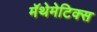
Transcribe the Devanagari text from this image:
मॅथेमेटिक्स